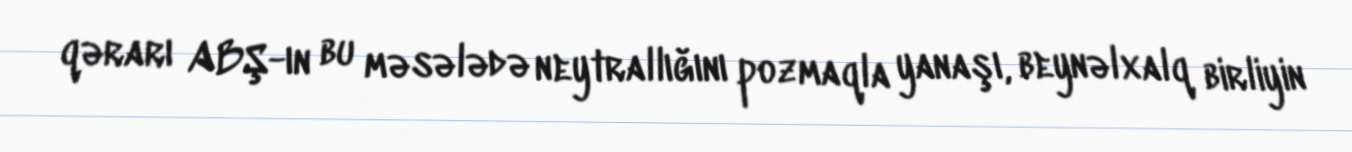
qərarı ABŞ-ın bu məsələdə neytrallığını pozmaqla yanaşı, beynəlxalq birliyin